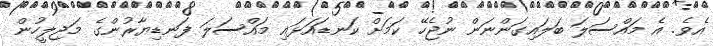
އެވެ. އެ މައްސަލަ ބަލައިގަންނަން ނުޖެހޭ ކަމަށް ކަނޑައަޅައި މައްސަލަ ފަނޑިޔާރުންގެ މަޖިލީހުން